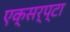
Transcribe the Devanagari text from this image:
एक्सर्प्टा